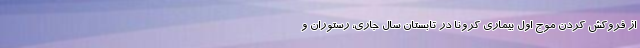
از فروکش کردن موج اول بیماری کرونا در تابستان سال جاری، رستوران و